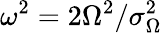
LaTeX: \omega^{2}=2\Omega^{2}/\sigma_{\Omega}^{2}